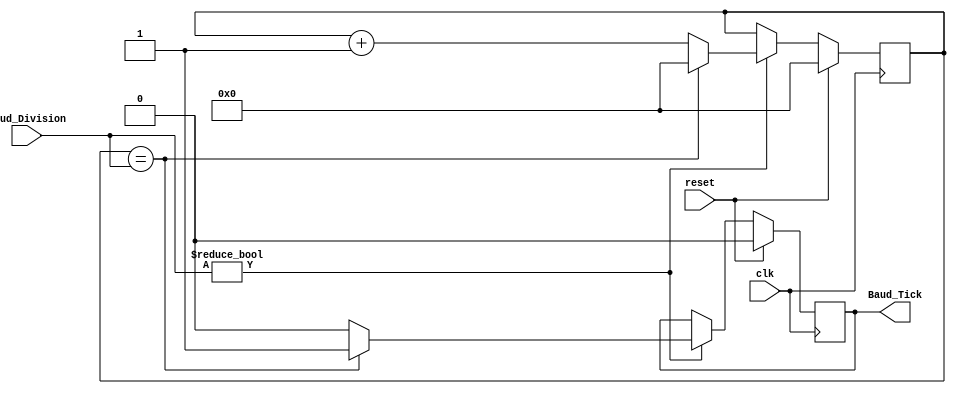
module Baud_Division (
    input wire clk,                 // Clock input
    input wire reset,               // Reset input
    input [7:0] Baud_Division,      // Baud_Division = Frequency / (16*Baud_Rate) = 130
    output reg Baud_Tick            // output that count upto 130 
);

 // Register Interface
reg [7:0] count_reg = 0 ;

// sequential block
always @(posedge clk)
begin
    if (reset)  // reset condition
    begin
    Baud_Tick <= 0;
    count_reg <= 0;
    end
    else  
    begin
    if (Baud_Division)
    begin
    count_reg <= count_reg + 8'b1;
    Baud_Tick <= 1'b0;
   if (count_reg == Baud_Division)
    begin
        Baud_Tick <= 1'b1;
        count_reg <= 0;
    end
    end
end
end
endmodule